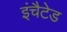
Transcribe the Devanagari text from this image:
इंचैटेड